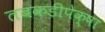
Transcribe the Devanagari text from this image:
तबकडीपेक्षा